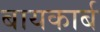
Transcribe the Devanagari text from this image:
बायकार्ब